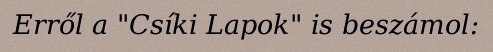
Erről a "Csíki Lapok" is beszámol: